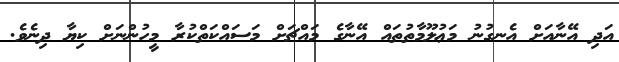
އަދި އޭނާއަށް އެނގުނު މަޢުލޫމާތުތައް އޭނާގެ މައްޗަށް މަސައްކަތްކުރާ މީހުންނަށް ކިޔާ ދިނެވެ.